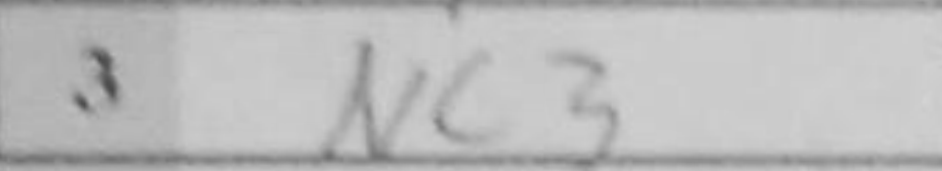
Transcription: Nc3